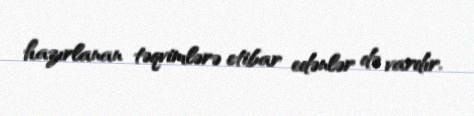
hazırlanan təqvimlərə etibar edənlər də vardır.